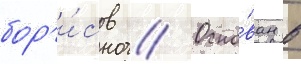
бор'и́сов // Осно́ван в